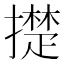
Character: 𰔪